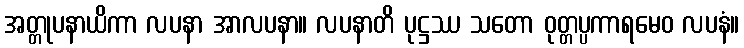
အတ္တုပနာယိကာ လပနာ အာလပနာ။ လပနာတိ ပုဋ္ဌဿ သတော ဝုတ္တပ္ပကာရမေဝ လပနံ။